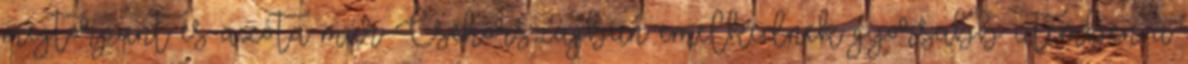
megtorpant és azóta már Csehországban emelkednek gyorsabb ütemben a